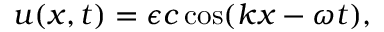
\begin{array} { r } { u ( x , t ) = \epsilon c \cos ( k x - \omega t ) , } \end{array}